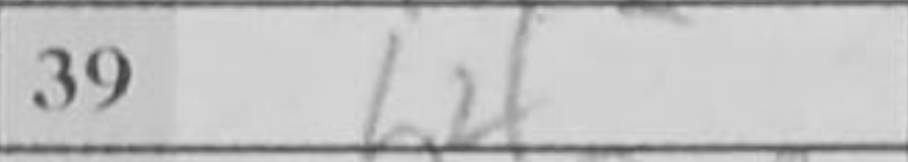
Transcription: b4